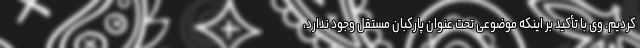
کردیم. وی با تأکید بر اینکه موضوعی تحت عنوان پارکبان مستقل وجود ندارد،